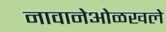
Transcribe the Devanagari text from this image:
नावानेओळखले